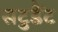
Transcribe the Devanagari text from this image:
सटुडैंट